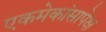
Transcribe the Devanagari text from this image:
एकमेकांसापेक्ष